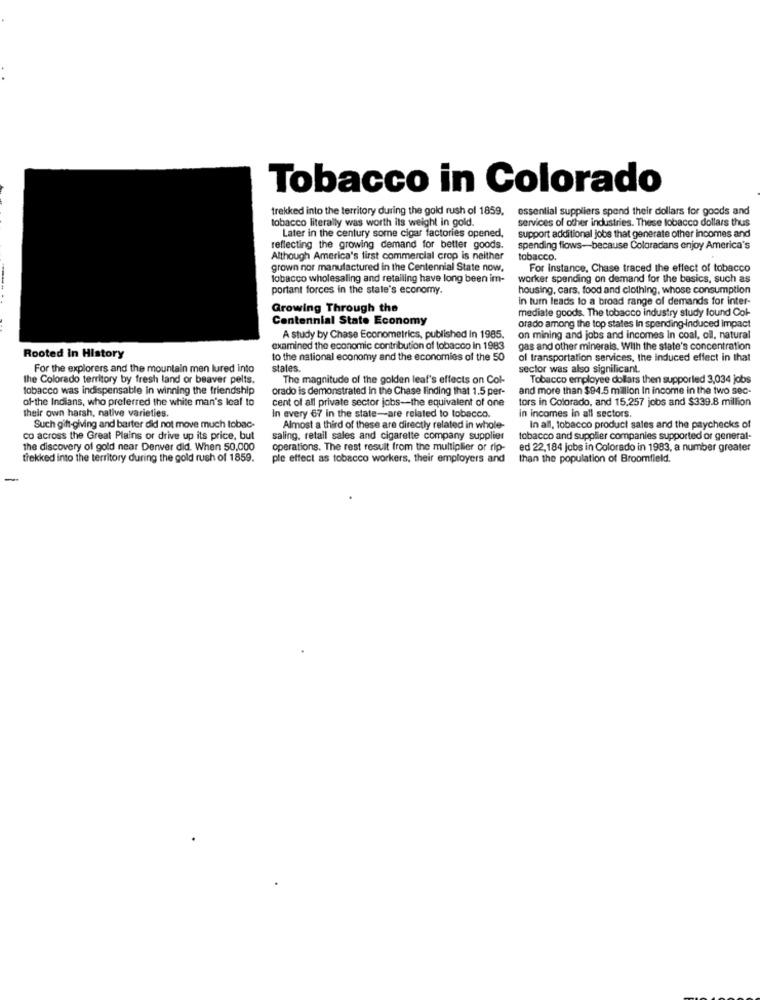
Tobacco in Colorado
trekked into the territory during the gold rush of 1859,
essential suppliers spend their dollars for goods and
tobacco literally was worth its weight in gold.
services of other industries. These tobacco dollars thus
Later in the century some cigar factories opened,
support additional jobs that generate other incomes and
reflecting the growing demand for better goods.
spending flows-because Coloradans enjoy America's
Although America's first commercial crop is neither
tobacco.
grown nor manufactured in the Centennial State now,
For instance, Chase traced the effect of tobacco
tobacco wholesaling and retailing have long been im-
worker spending on demand for the basics, such as
portant forces in the state's economy.
housing, cars, food and clothing, whose consumption
in turn leads lo a broad range of demands for inter-
Growing Through the
mediate goods. The tobacco industry study found Cok-
Centennial State Economy
orado among the top states In spending-Induced impact
A study by Chase Econometrics, published in 1985.
on mining and jobs and incomes in coal, oil, natural
examined the economic contribution of tobacco In 1983
gas and other minerals. With the state's concentration
Rooted In History
to the national economy and the economies of the 50
of transportation services, the induced effect in that
For the explorers and the mountain men lured into
states.
sector was also significant.
The Colorado territory by fresh land or beaver pelts.
The magnitude of the golden leaf's effects on Col-
Tobacco employee dollars then supported 3,034 jobs
tobacco was indispensable in winning the friendship
orado is demonstrated in the Chase finding that 1.5 per-
and more than $94.5 million In income in the two sec-
of-the Indians, who preferred the white man's leal to
cent of all private sector jobs -- the equivalent of one
tors in Colorado, and 15.257 jobs and $339.8 million
their own harsh, native varieties.
In every 67 in the state-are related to tobacco.
In incomes in all sectors.
Such gift-giving and barter did not move much tobac-
Almost a third of these are directly related in whole-
In all, tobacco product sales and the paychecks of
co across the Great Plains or drive up its price, but
saling, retail sales and cigarette company supplier
tobacco and supplier companies supported or general-
the discovery of gold near Denver did. When 50,000
operations. The rest result from the multiplier or rip-
ed 22,184 jobs in Colorado in 1983, a number greater
trekked into the territory during the gold rush of 1859.
ple effect as tobacco workers, their employers and
than the population of Broomfield.
-